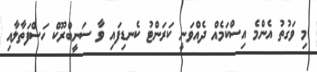
މި ވަގުތު އެންމެ އިސްކަމެއް ދެއްވަނީ ކަރަންޓު ކެނޑިފައި ވާ ސަނީބްރޫކް ހަސްފަތާލާއި